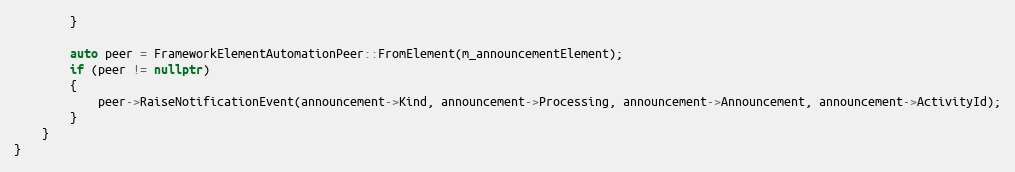
Language: C++
        }

        auto peer = FrameworkElementAutomationPeer::FromElement(m_announcementElement);
        if (peer != nullptr)
        {
            peer->RaiseNotificationEvent(announcement->Kind, announcement->Processing, announcement->Announcement, announcement->ActivityId);
        }
    }
}